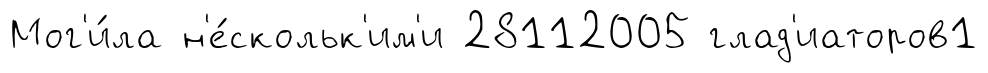
Мог'и́ла н'е́скольк'им'и 28112005 глад'иаторов1